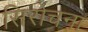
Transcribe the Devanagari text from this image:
सिरोचना